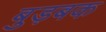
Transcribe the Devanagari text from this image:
बुड़बक